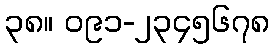
၃၈။ ၀၉၁-၂၃၄၅၆၇၈